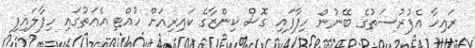
ރައިހާ އެފުރުސަތުގެ ބޭނުން ހިފާފައި ގޮސް ކިންޒާގެ ކައިރިއަށް ހުއްޓި އެއަތުގައި ހިފާލައިފި